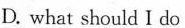
D. what should I do